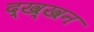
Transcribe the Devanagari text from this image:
द्ख्खन